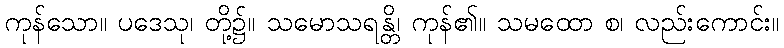
ကုန်သော။ ပဒေသု၊ တို့၌။ သမောသရန္တိ၊ ကုန်၏။ သမထော စ၊ လည်းကောင်း။